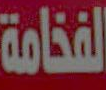
الفخامة